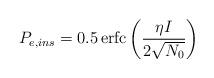
LaTeX: \begin{align*}{{P}_{e,ins}}=0.5\operatorname{erfc}\left( \frac{\eta I}{2\sqrt{{{N}_{0}}}} \right)\end{align*}